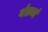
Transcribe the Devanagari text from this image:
गंतव्यं